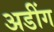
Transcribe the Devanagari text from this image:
अडींग